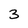
Character: 3